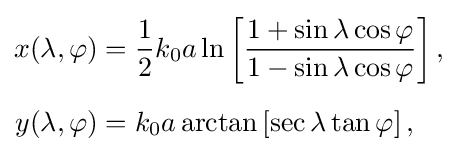
{\begin{aligned}x(\lambda ,\varphi )&={\frac {1}{2}}k_{0}a\ln \left[{\frac {1+\sin \lambda \cos \varphi }{1-\sin \lambda \cos \varphi }}\right],\\[5px]y(\lambda ,\varphi )&=k_{0}a\arctan \left[\sec \lambda \tan \varphi \right],\end{aligned}}